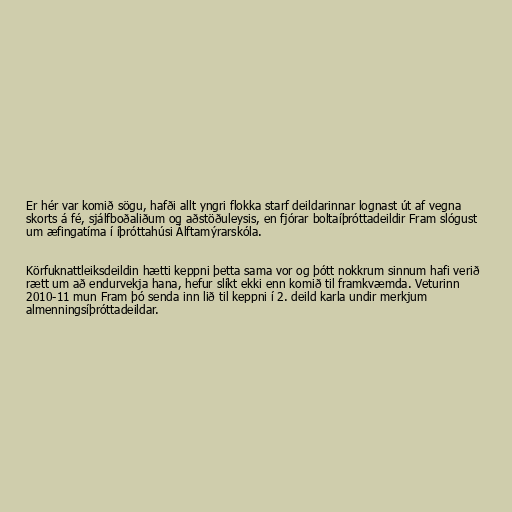
Er hér var komið sögu, hafði allt yngri flokka starf deildarinnar lognast út af vegna
skorts á fé, sjálfboðaliðum og aðstöðuleysis, en fjórar boltaíþróttadeildir Fram slógust
um æfingatíma í íþróttahúsi Álftamýrarskóla.

Körfuknattleiksdeildin hætti keppni þetta sama vor og þótt nokkrum sinnum hafi verið
rætt um að endurvekja hana, hefur slíkt ekki enn komið til framkvæmda. Veturinn
2010-11 mun Fram þó senda inn lið til keppni í 2. deild karla undir merkjum
almenningsíþróttadeildar.